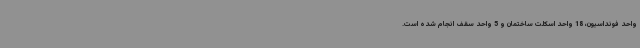
واحد فونداسیون، 18 واحد اسکلت ساختمان و 5 واحد سقف انجام شده است.